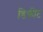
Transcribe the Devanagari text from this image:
डिक्रीट